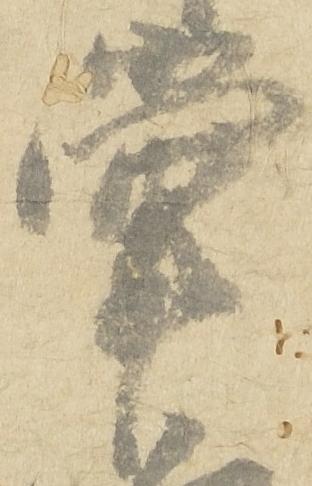
掌